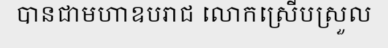
បានជាមហាឧបរាជ លោកស្រើបស្រួល